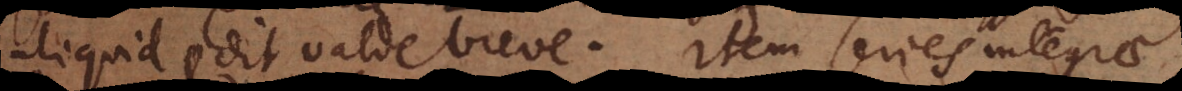
aliquid prodit valde breve. Item series integrae